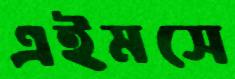
এইমসে